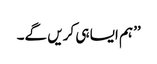
’’ہم ایسا ہی کریں گے۔